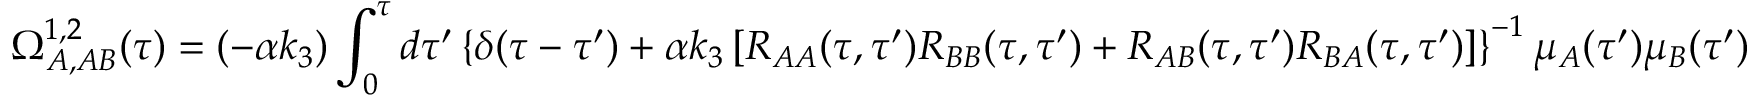
\Omega _ { A , A B } ^ { 1 , 2 } ( \tau ) = ( - \alpha k _ { 3 } ) \int _ { 0 } ^ { \tau } d \tau ^ { \prime } \left\{ \delta ( \tau - \tau ^ { \prime } ) + \alpha k _ { 3 } \left[ R _ { A A } ( \tau , \tau ^ { \prime } ) R _ { B B } ( \tau , \tau ^ { \prime } ) + R _ { A B } ( \tau , \tau ^ { \prime } ) R _ { B A } ( \tau , \tau ^ { \prime } ) \right] \right\} ^ { - 1 } \mu _ { A } ( \tau ^ { \prime } ) \mu _ { B } ( \tau ^ { \prime } )